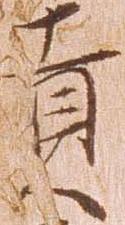
貢